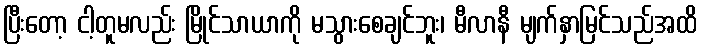
ပြီးတော့ ငါ့တူမလည်း မြိုင်သာယာကို မသွားစေချင်ဘူး၊ မီလာနီ မျက်နှာမြင်သည်အထိ